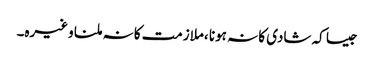
جیسا کہ شادی کا نہ ہونا ،ملازمت کا نہ ملنا وغیرہ۔